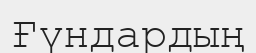
Ғүндардың